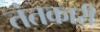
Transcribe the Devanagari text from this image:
तंतकारी